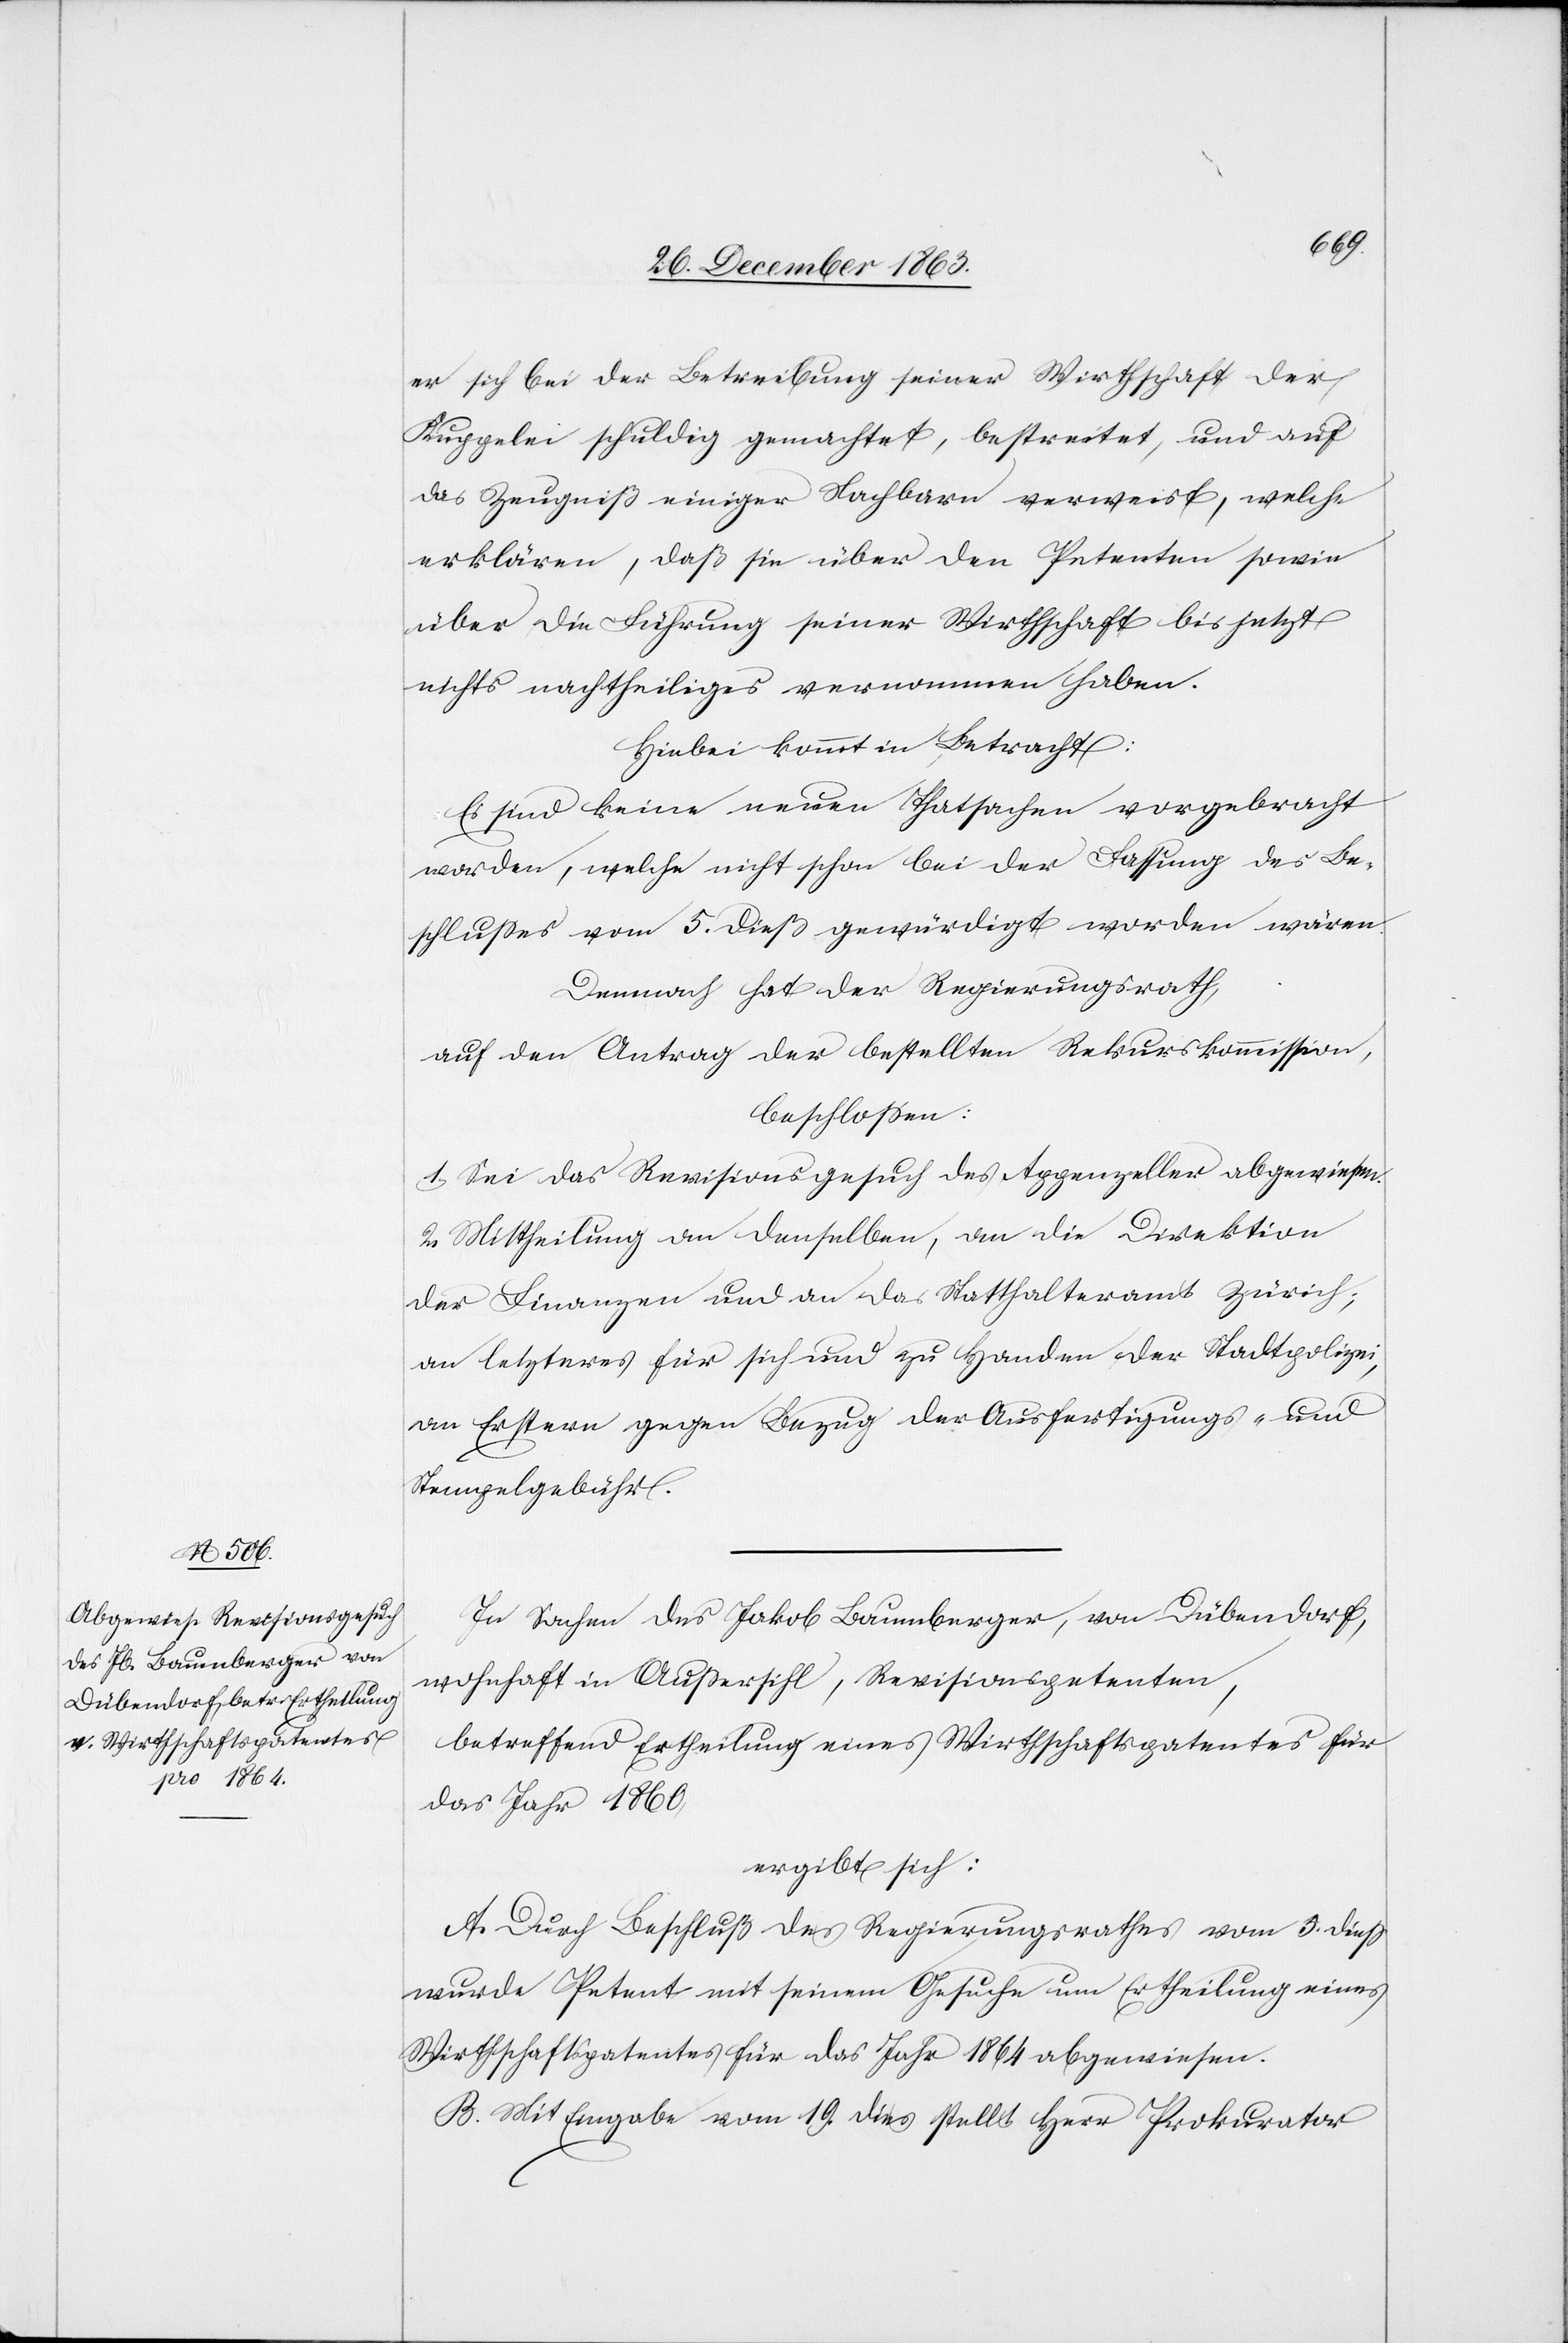
er sich bei der Betreibung seiner Wirthschaft der
Kuppelei schuldig gemachtet, bestreitet, und auf
das Zeugniß einiger Nachbarn verweist, welche
erklären, daß sie über den Petenten sowie
über die Führung seiner Wirthschaft bis jetzt
nichts nachtheiliges vernommen haben.
Hiebei kommt in Betracht:
Es sind keine neuen Thatsachen vorgebracht
worden, welche nicht schon bei der Fassung des Be¬
schlusses vom 5. dieß gewürdigt worden wären.
Demnach hat der Regierungsrath,
auf den Antrag der bestellten Rekurskommission,
beschlossen:
1. Sei das Revisionsgesuch des Appenzeller abgewiesen.
2. Mittheilung an denselben, an die Direktion
der Finanzen und an das Statthalteramt Zürich;
an letzteres für sich und zu Handen der Stadtpolizei,
an Erstern gegen Bezug der Ausfertigungs- und
Stempelgebühr.
In Sachen des Jakob Baumberger, von Dübendorf,
wohnhaft in Aussersihl, Revisionspetenten,
betreffend Ertheilung eines Wirthschaftspatentes für
das Jahr 1860
ergibt sich:
A. Durch Beschluß des Regierungsrathes vom 5. dieß
wurde Petent mit seinem Gesuche um Ertheilung eines
Wirthschaftspatentes für das Jahr 1864 abgewiesen.
B. Mit Eingabe vom 19. dies stellt Herr Prokurator